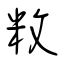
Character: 敉